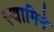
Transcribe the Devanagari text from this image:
स्वामिने